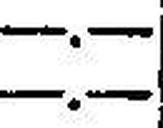
—.—